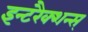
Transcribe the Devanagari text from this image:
इन्टरैक्शन्स्